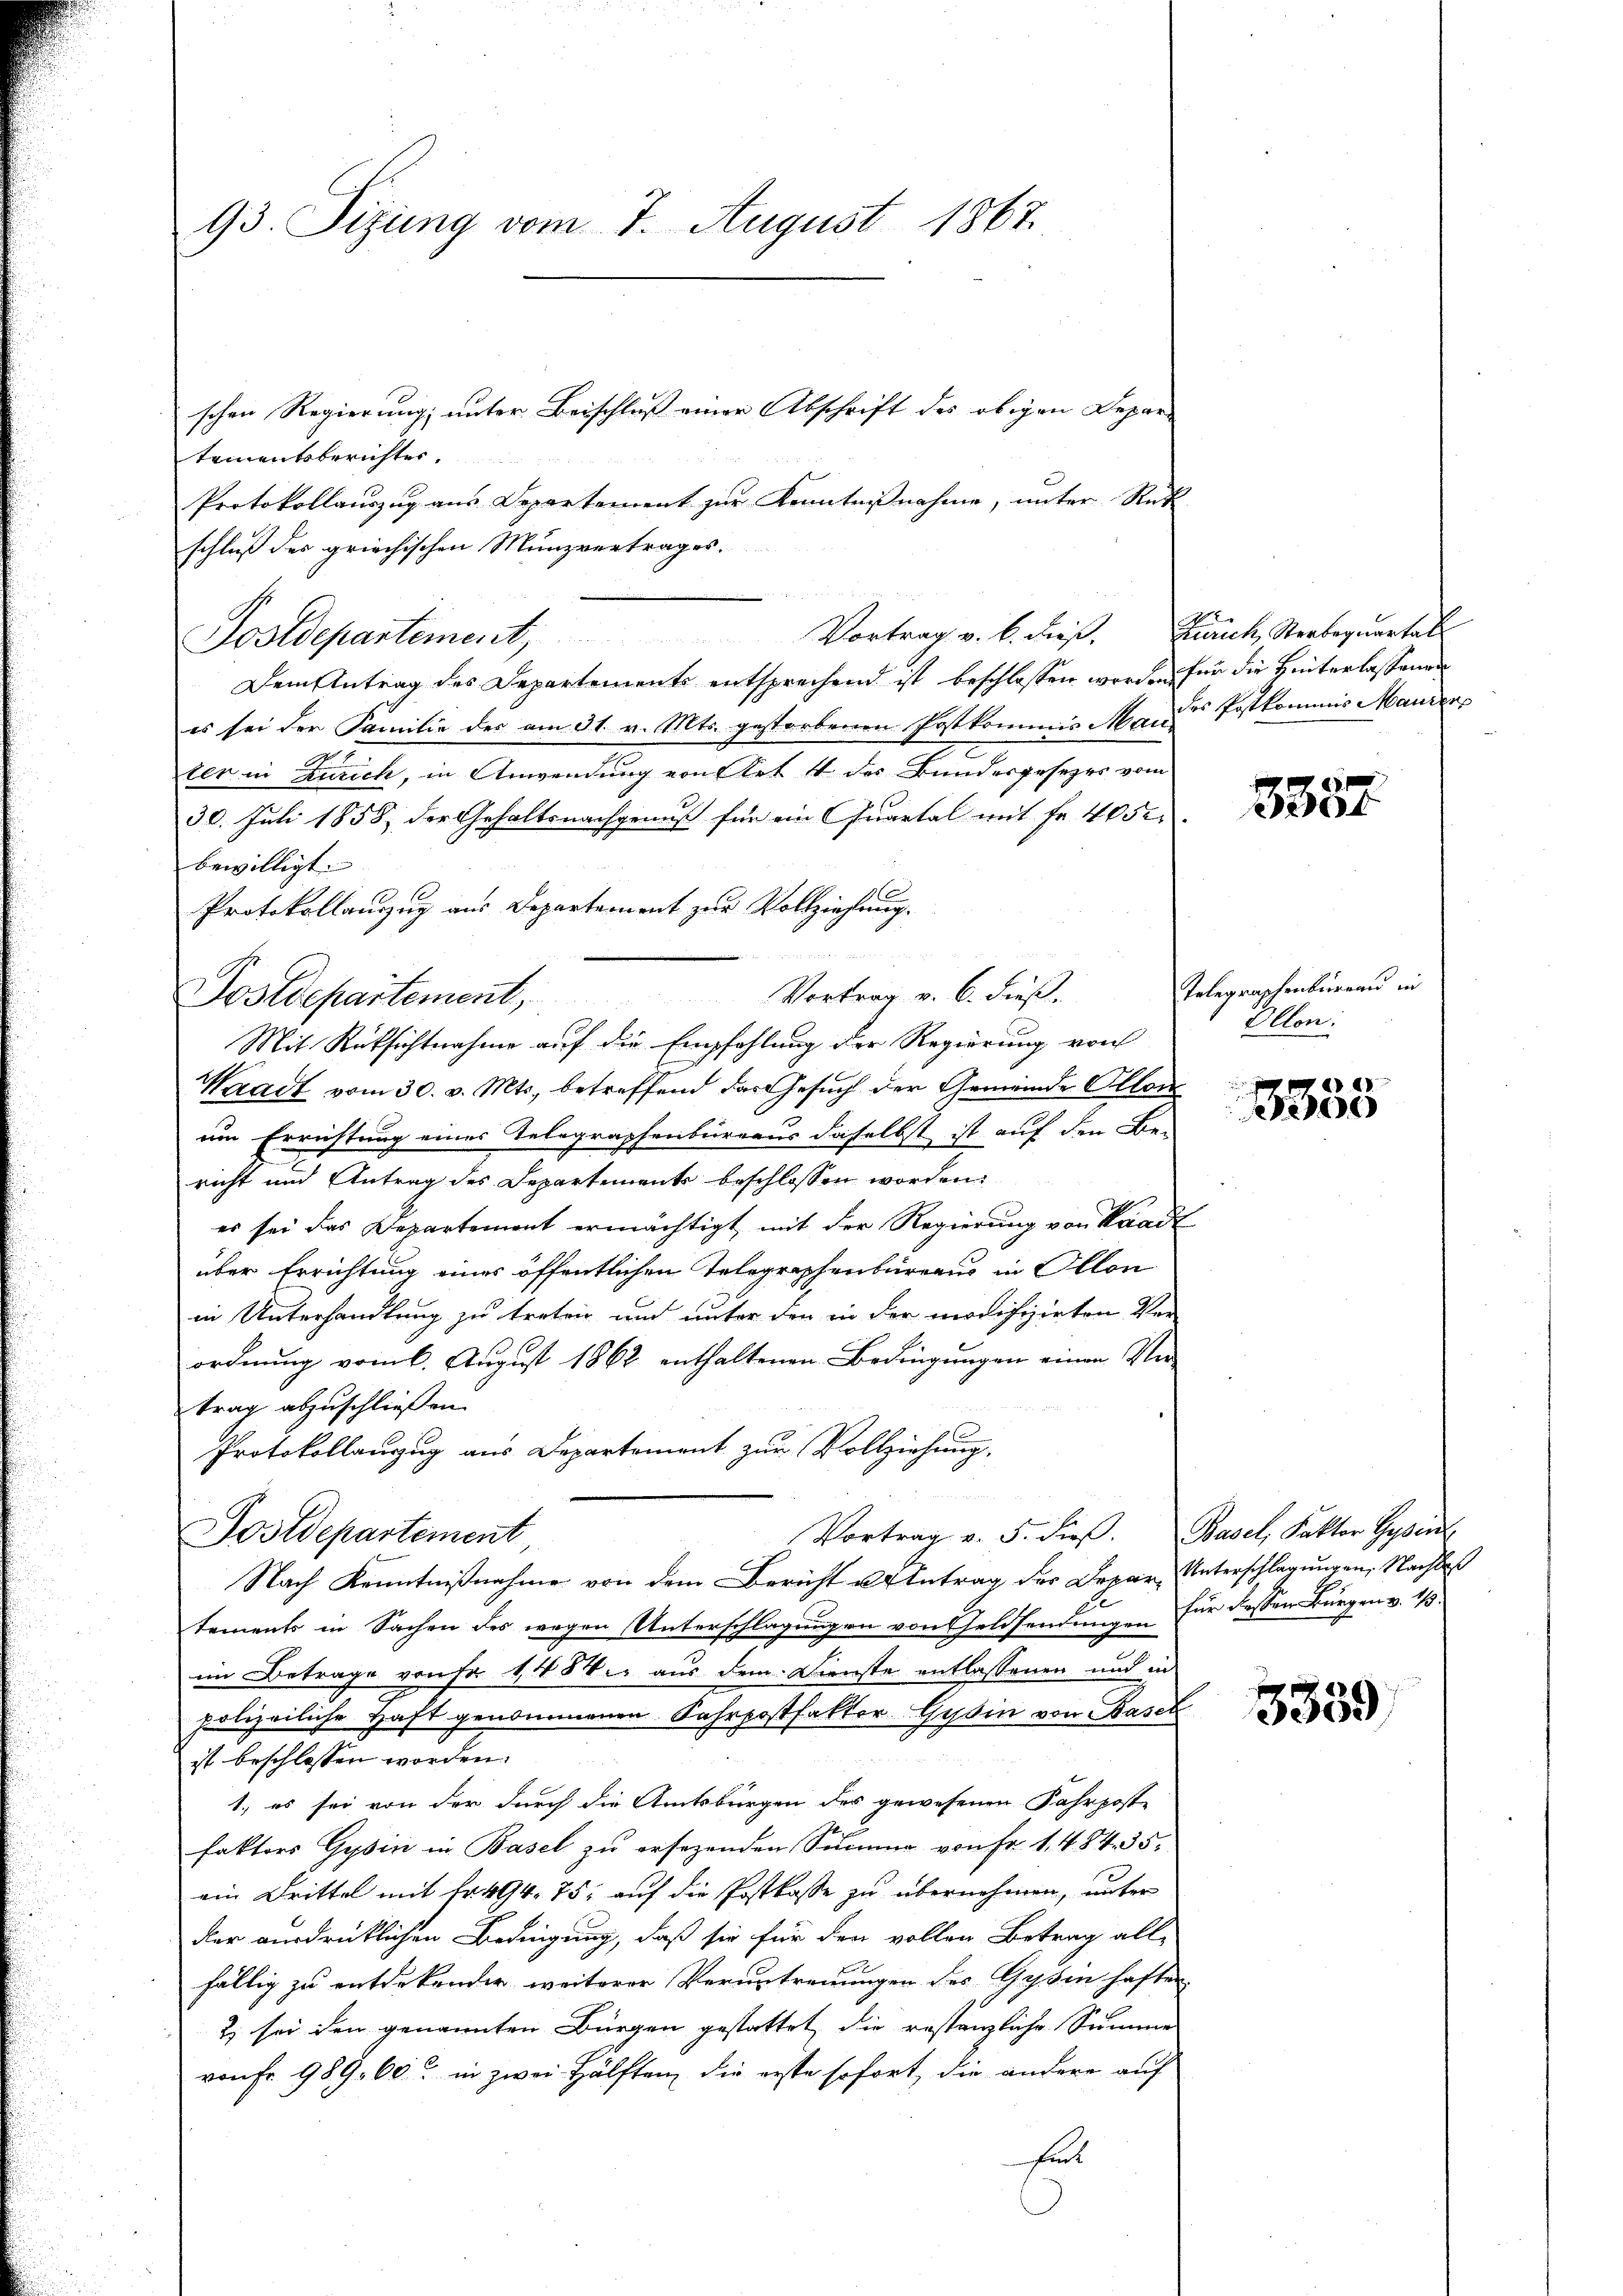
93. Sizung vom 7. August 1867

schen Regierung, unter Beischluß einer Abschrift des obigen Depar-
tementsberichter.
Protokollauszug aus Departement zur Kenntnißnahme, unter Rück
schluß der griechischen Münzvertrages.
Dem Antrag des Departements entsprechend ist beschlossen worden für die Hinterlassenen
es sei der Familie des am 31. v. Mts. gestorbenen Postkommis Man des Postkommis Mauren
ler in Zürich, in Anwendung von Art 14 des Bundesgesetzes vom
30. Juli 1858, der Gehaltsnachgenuß für ein Quartal mit Fr. 4052
bewilligt.
Protokollauszug aus Departement zur Vollziehung.
Vortrag v. 6. dieß.
Postdepartement,
Mit Rüksichtnahme auf die Empfehlung der Regierung von
Waadt vom 30. v. Mts., betreffend das Gesuch der Gemeinde Allen
um Errichtung eines Telegraphenbureaus daselbst ist auf den Be-
richt und Antrag des Departements beschlossen worden.
es sei das Departement ermächtigt mit der Regierung von Waadt
über Errichtung eines öffentlichen Telegraphenbureaus in Ollon
in Unterhandlung zu treten und unter den in der modifizirten Ver-
ordnung vom 6. August 1862 enthaltenen Bedingungen einen Ver-
trag abzuschließen.
Protokollanzug aus Departement zur Vollziehung,
Vortrag v. 5. dieβ. Basel, Faktor Gypsint
Postdepartement
Nach Kenntnißnahme von dem Bericht u Antrag der Depar Unterschlagungen, Nachlaß
tements in Sachen des wegen Unterschlagungen von Geldsendungen für dessen Bürgen v. 1/3.
im Betrage von Fr. 148 aus dem Dienste entlassenen und in
polizeiliche Haft genommenen Fahrpostfaktor-Gessin von Basel
ist beschlossen worden.
1., es sei von der durch die Amtsbürgen des gewesenen Fahrposte
faktors Gyssin in Basel zu ersezenden Summe von Fr. 1. 484. 35,
ein Drittel mit Fr. 494. 75, auf die Postkasse zu übernehmen, unter
der ausdrücklichen Bedingung, daß sie für den vollen Betrag all-
fällig zu entdekender weiterer Veruntreuungen des Gysin haften
2) sei den genannten Bürgen gestattet, die restanzliche Summe
von Fr. 989. 60. in zwei Hälften, die erste sofort, die andere auf
fent

Postdepartement, Vortrag v. 6. dieß. Zürich Sterbequartal

3387

Telegraphenbüreau in
Ollon:

3353

3339